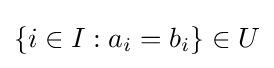
\left\{i\in I:a_{i}=b_{i}\right\}\in U